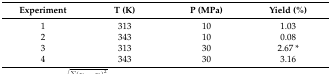
| Experiment | T (K) | P (MPa) | Yield (%) |
 | --- | --- | --- | --- |
 | 1 | 313 | 10 | 1.03 |
 | 2 | 343 | 10 | 0.08 |
 | 3 | 313 | 30 | 2.67 * |
 | 4 | 343 | 30 | 3.16 |